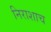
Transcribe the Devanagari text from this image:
निराशाच